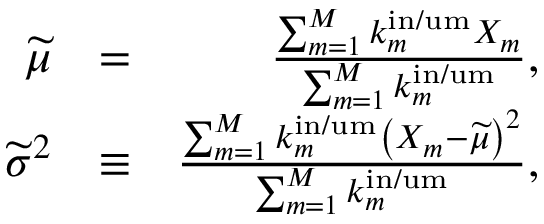
\begin{array} { r l r } { \widetilde { \mu } } & { = } & { \frac { \sum _ { m = 1 } ^ { M } k _ { m } ^ { \mathrm { i n / u m } } X _ { m } } { \sum _ { m = 1 } ^ { M } k _ { m } ^ { \mathrm { i n / u m } } } , } \\ { \widetilde { \sigma } ^ { 2 } } & { \equiv } & { \frac { \sum _ { m = 1 } ^ { M } k _ { m } ^ { \mathrm { i n / u m } } \left( X _ { m } - \widetilde { \mu } \right) ^ { 2 } } { \sum _ { m = 1 } ^ { M } k _ { m } ^ { \mathrm { i n / u m } } } , } \end{array}